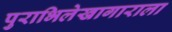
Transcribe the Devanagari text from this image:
पुराभिलेखागाराला